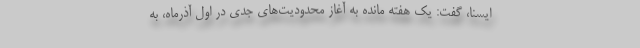
ایسنا، گفت: یک هفته مانده به آغاز محدودیت‌های جدی در اول آذرماه، به